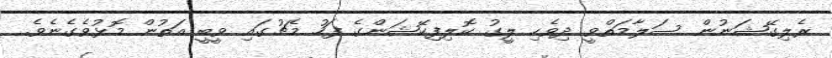
ރެލިގޭޝަނުން ސަލާމަތްވީ ދިވެހި ލީގު ކޮލިފިކޭޝަންގެ ފަހު މެޗުގައި ވީބީ އަތުން މޮޅުވެގެނެވެ.